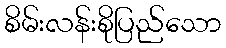
စိမ်းလန်းစိုပြည်သော